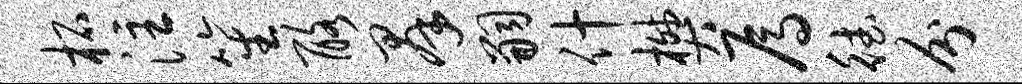
柘注笙酪群嗣什樊焉德分